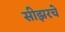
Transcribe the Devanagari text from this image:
सीझरचे